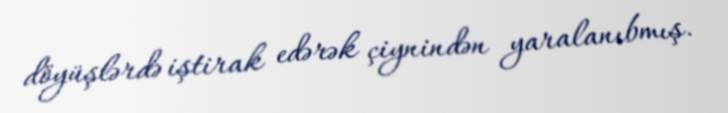
döyüşlərdə iştirak edərək çiynindən yaralanıbmış.